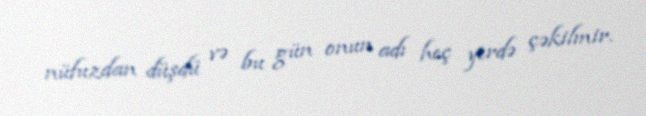
nüfuzdan düşdü və bu gün onun adı heç yerdə çəkilmir.